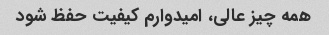
همه چیز عالی، امیدوارم کیفیت حفظ شود